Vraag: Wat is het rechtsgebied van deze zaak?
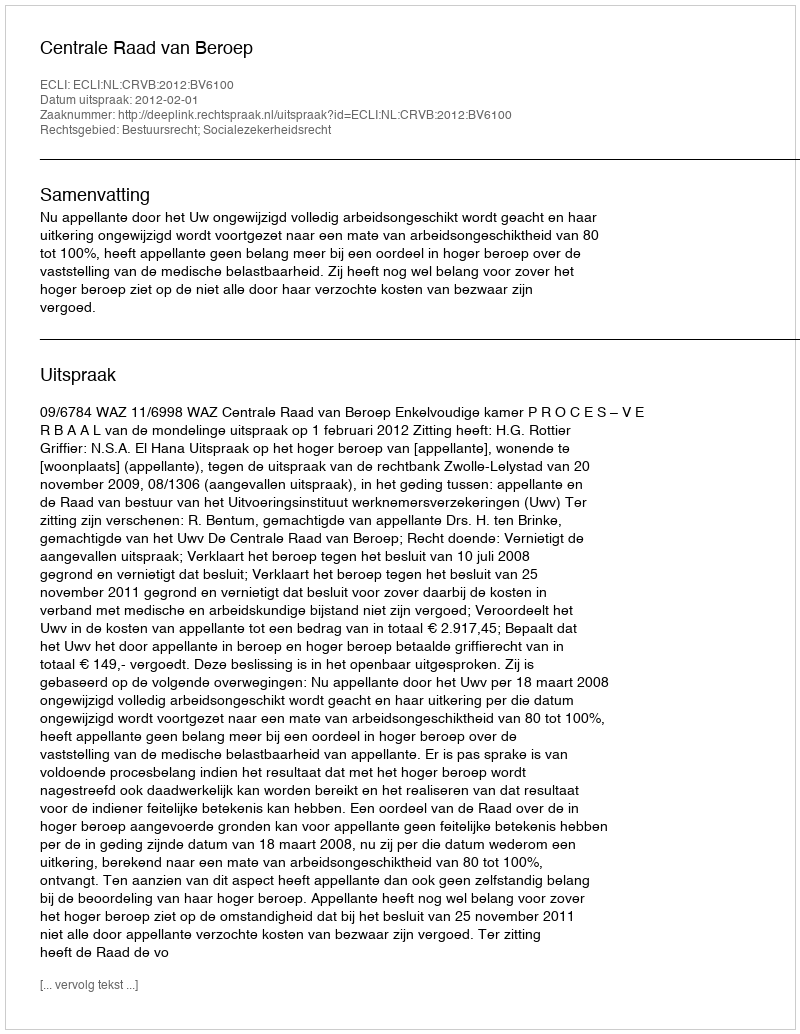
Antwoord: Bestuursrecht; Socialezekerheidsrecht